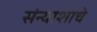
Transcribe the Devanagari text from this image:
संन्याशाचे